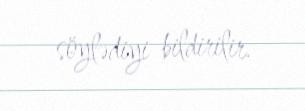
söylədiyi bildirilir.